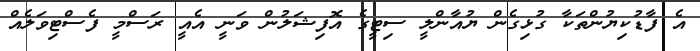
އެ ފާޑުކިޔުންތަކާ ގުޅިގެން ޔުއާންލީ ސިޓީގެ އޮފިޝަލުން ވަނީ އެއީ ރަސްމީ ފެސްޓިވަލެއް